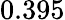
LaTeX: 0.395